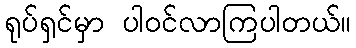
ရုပ်ရှင်မှာ ပါဝင်လာကြပါတယ်။